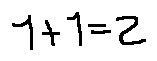
1 + 1 = 2